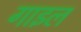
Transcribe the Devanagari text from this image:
गाइल